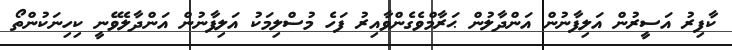
ކާފިރު އަސީރުން އަލިފާނުން އަންދާލުން ޙަރާމްވެގެންވާއިރު ފަހެ މުސްލިމަކު އަލިފާނުން އަންދާލެވޭނީ ކިހިނަކުންތޯ